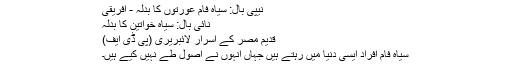
نیپی بال: سیاہ فام عورتوں کا بدلہ - افریقی
نائی بال: سیاہ خواتین کا بدلہ
قدیم مصر کے اسرار لائبریری (پی ڈی ایف)
سیاہ فام افراد ایسی دنیا میں رہتے ہیں جہاں انہوں نے اصول طے نہیں کیے ہیں۔